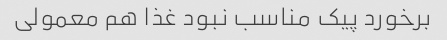
برخورد پیک مناسب نبود غذا هم معمولی